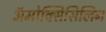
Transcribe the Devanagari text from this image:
ॲमोक्सिसिलिन